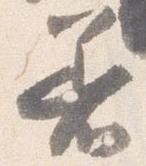
着